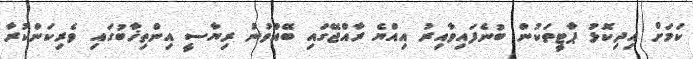
ކަމަށް އިދިކޮޅު ޕާޓީތަކުން ބުނެފައިވާއިރު އިއްޔެ ރާއްޖޭގައި ބޭއްވުނު ރިޔާސީ އިންތިޚާބުގައި ވެރިކަންކުރާ